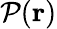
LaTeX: \mathcal{P}(\mathbf{{r}})